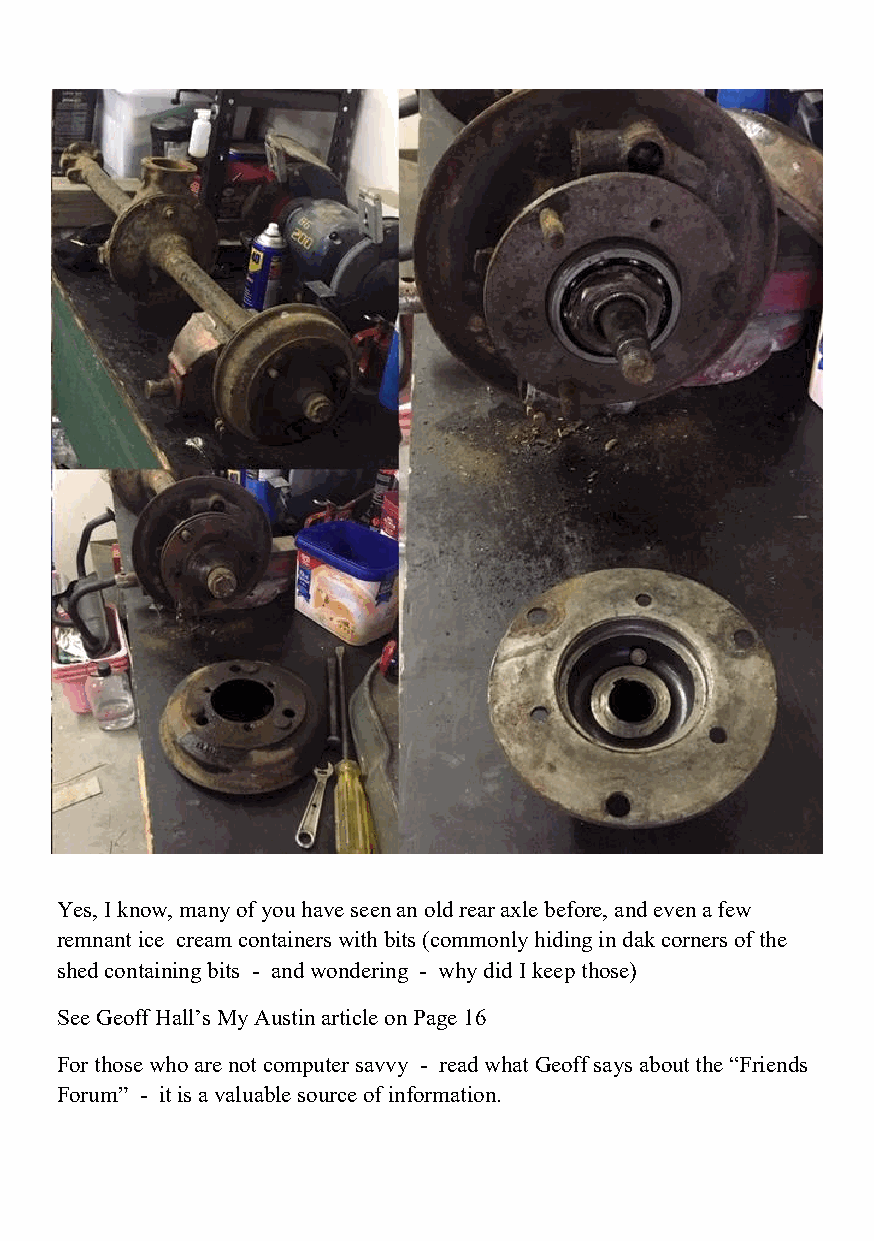
Yes, I know, many of you have seen an old rear axle before, and even a few
 remnant ice cream containers with bits (commonly hiding in dak corners of the
 shed containing bits - and wondering - why did I keep those)
 See Geoff Hall’s My Austin article on Page 16
 For those who are not computer savvy - read what Geoff says about the “Friends
 Forum” - it is a valuable source of information.